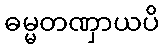
ဓမ္မတဏှာယပိ